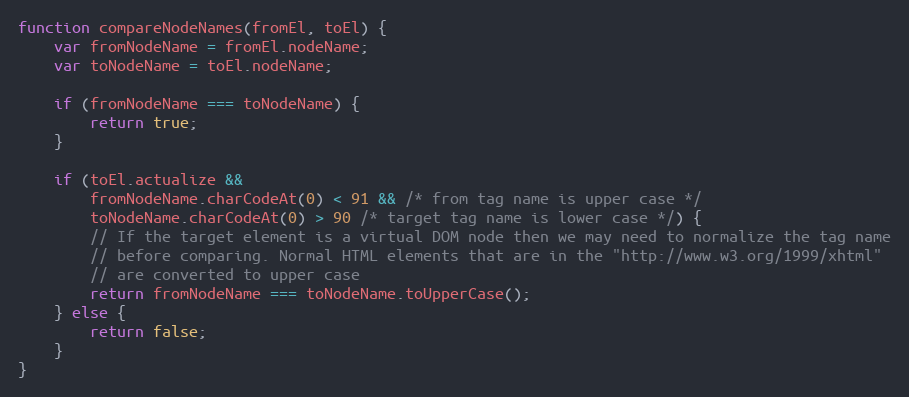
Language: JavaScript
function compareNodeNames(fromEl, toEl) {
    var fromNodeName = fromEl.nodeName;
    var toNodeName = toEl.nodeName;

    if (fromNodeName === toNodeName) {
        return true;
    }

    if (toEl.actualize &&
        fromNodeName.charCodeAt(0) < 91 && /* from tag name is upper case */
        toNodeName.charCodeAt(0) > 90 /* target tag name is lower case */) {
        // If the target element is a virtual DOM node then we may need to normalize the tag name
        // before comparing. Normal HTML elements that are in the "http://www.w3.org/1999/xhtml"
        // are converted to upper case
        return fromNodeName === toNodeName.toUpperCase();
    } else {
        return false;
    }
}